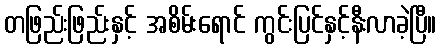
တဖြည်းဖြည်းနှင့် အစိမ်းရောင် ကွင်းပြင်နှင့်နီးလာခဲ့ပြီ။